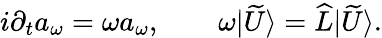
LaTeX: i\partial_{t}a_{\omega}=\omega a_{\omega},\qquad\omega|\widetilde{U}\rangle=\widehat{L}|\widetilde{U}\rangle.